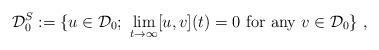
LaTeX: \begin{align*}{\cal D}_0^S:=\{u\in{\cal D}_0;\ \lim_{t\to\infty}[u,v](t)=0\ \mbox{for any}\ v\in{\cal D}_0\}\ ,\end{align*}